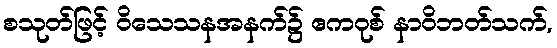
စသုတ်ဖြင့် ဝိသေသနအနက်၌ ဧကဝုစ် နာဝိဘတ်သက်,